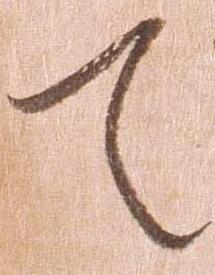
て